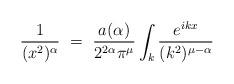
LaTeX: \begin{align*}\frac{1}{(x^2)^\alpha} ~=~ \frac{a(\alpha)}{2^{2\alpha}\pi^\mu} \int_k\frac{e^{ikx}}{(k^2)^{\mu-\alpha}}\end{align*}